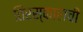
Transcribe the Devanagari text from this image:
तिरस्काराची